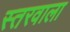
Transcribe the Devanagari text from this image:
स्तरवाला